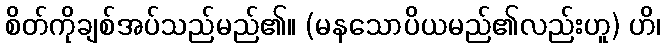
စိတ်ကိုချစ်အပ်သည်မည်၏။ (မနသောပိယမည်၏လည်းဟူ) ဟိ၊